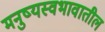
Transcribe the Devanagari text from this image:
मनुष्यस्वभावातील